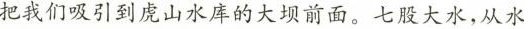
把我们吸引到虎山水库的大坝前面。七股大水，从水